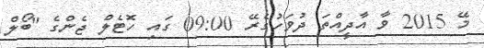
މޭ 2015 ވާ އާދީއްތަ ދުވަހުގެރޭ 09:00 ގައި ހޮޓެލް ޖެންގެ "ބޯލް